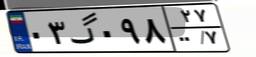
۰۳گ۰۹۸۲۷